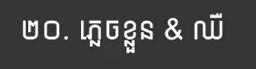
២០. ភ្លេចខ្លួន & ឈឺ